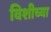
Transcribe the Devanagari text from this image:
विशीच्या